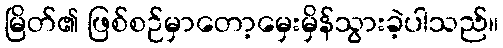
မြိတ်၏ ဖြစ်စဉ်မှာတော့မှေးမှိန်သွားခဲ့ပါသည်။